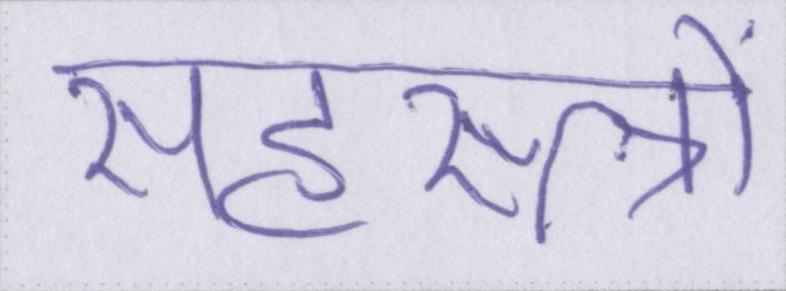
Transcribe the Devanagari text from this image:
सहस्त्रों